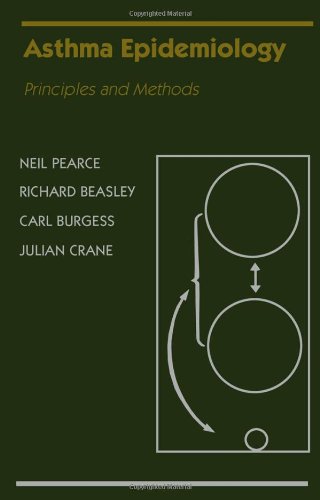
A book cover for Asthma Epidemiology: Principles and Methods; Neil Pearce; Health, Fitness & Dieting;